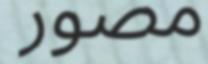
مصور